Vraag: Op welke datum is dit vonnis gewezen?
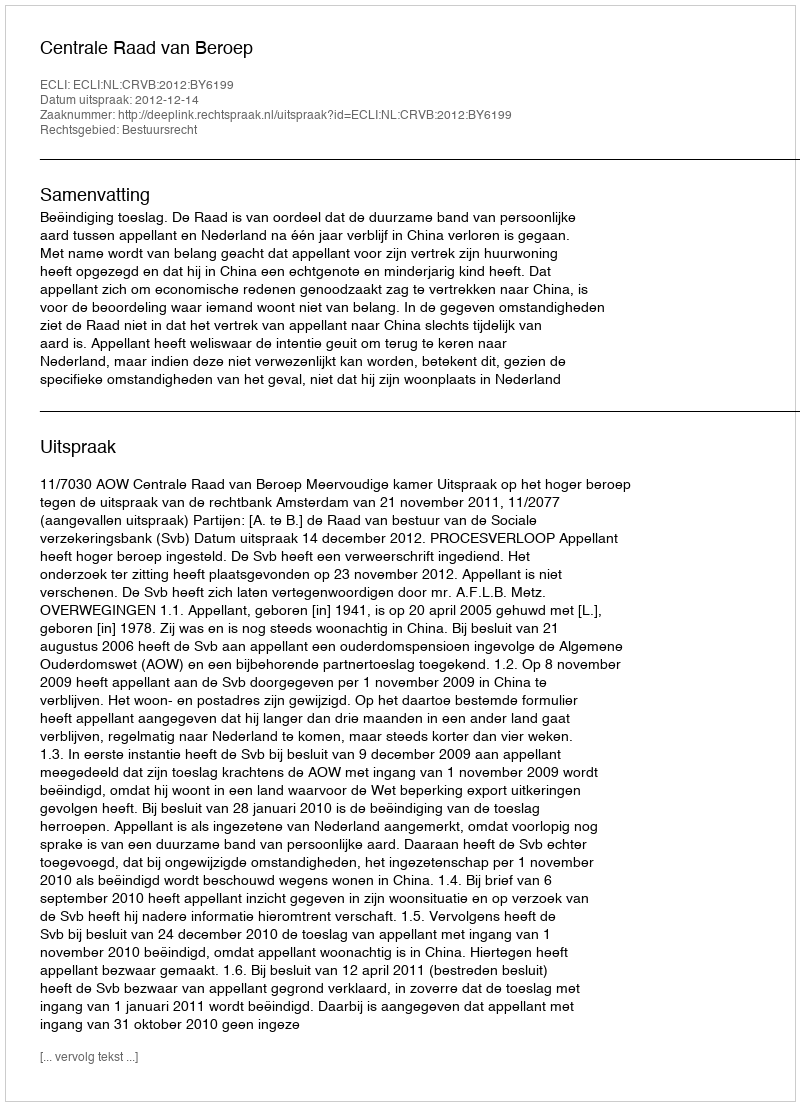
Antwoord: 2012-12-14